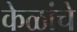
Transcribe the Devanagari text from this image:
केळांचे